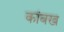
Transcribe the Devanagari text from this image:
कांबख